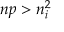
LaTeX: n p > n _ { i } ^ { 2 }